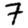
Digit: 7